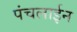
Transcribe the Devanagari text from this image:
पंचलाईन